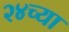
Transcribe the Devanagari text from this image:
२४च्या